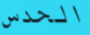
الحدس